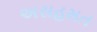
અસહમત